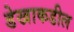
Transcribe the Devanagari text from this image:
डेखाकडील